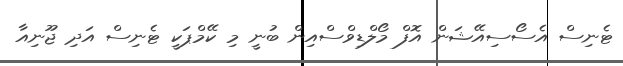
ޓެނިސް އެސޯސިއޭޝަން އޮފް މޯލްޑިވްސްއިން ބުނީ މި ކޭމްޕަކީ ޓެނިސް އަދި ޖޫނިއާ